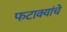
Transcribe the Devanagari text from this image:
फटाक्यांचे